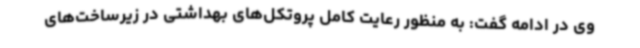
وی در ادامه گفت: به منظور رعایت کامل پروتکل‌های بهداشتی در زیرساخت‌های